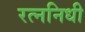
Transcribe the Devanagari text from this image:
रत्‍ननिधी